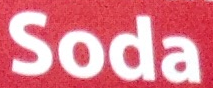
Soda